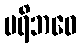
ပရိဘဝေ